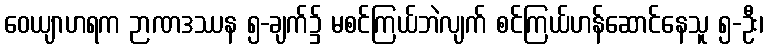
ဝေယျာဟရက ဉာဏဒဿန ၅-ချက်၌ မစင်ကြယ်ဘဲလျက် စင်ကြယ်ဟန်ဆောင်နေသူ ၅-ဦး၊